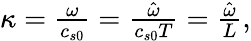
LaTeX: \begin{array}{r}{\kappa=\frac{\omega}{c_{s0}}=\frac{\hat{\omega}}{c_{s0}T}=\frac{\hat{\omega}}{L},}\end{array}